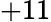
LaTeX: +11